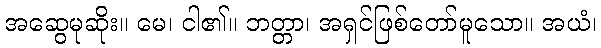
အဆွေမုဆိုး။ မေ၊ ငါ၏။ ဘတ္တာ၊ အရှင်ဖြစ်တော်မူသော။ အယံ၊